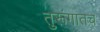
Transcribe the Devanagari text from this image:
तुरूंगातच